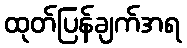
ထုတ်ပြန်ချက်အရ